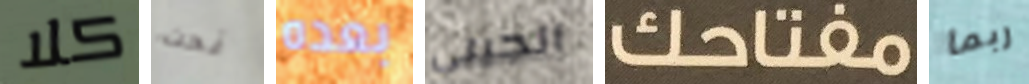
كلا نحت بعده الجيني مفتاحك ربما